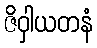
ဇိဝှါယတနံ